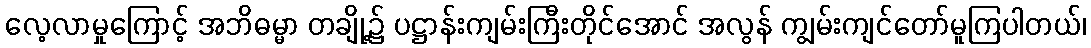
လေ့လာမှုကြောင့် အဘိဓမ္မာ တချို့၌ ပဋ္ဌာန်းကျမ်းကြီးတိုင်အောင် အလွန် ကျွမ်းကျင်တော်မူကြပါတယ်၊